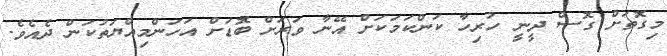
މިގޮތަށް ގޮސް ދީނީ ހުރިހާ ކަންކަމަކަށް އޭނާ ވަރަށް ބޮޑަށް އަހަންމިއްޔަތުކަން ދެއެވެ.